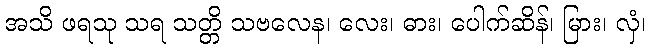
အသိ ဖရသု သရ သတ္တိ သဗလေန၊ လေး၊ ဓား၊ ပေါက်ဆိန်၊ မြား၊ လှံ၊